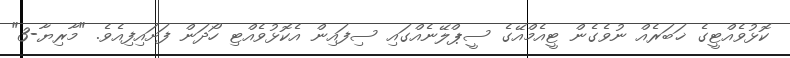
ކޮޅުވެއްޓީގެ ޚަބަރެއް ނުވެގެން ޓީއެމްއޭގެ ސީޕްލޭނެއްގައި ސިފައިން އެކޮޅުވެއްޓި ހޯދަން ފަށައިފިއެވެ. "މާރިޔާ-3"